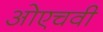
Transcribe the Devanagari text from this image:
ओएचवी